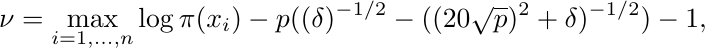
\begin{align*}
  \nu = \max_{i=1,\ldots,n}\log\pi(x_{i}) - p((\delta)^{-1/2} - ((20\sqrt{p})^2+\delta)^{-1/2}) - 1,
\end{align*}